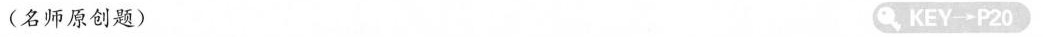
(名师原创题) KEY\rightarrow P20